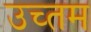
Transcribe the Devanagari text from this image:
उच्तम